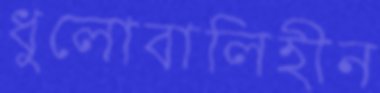
ধুলোবালিহীন